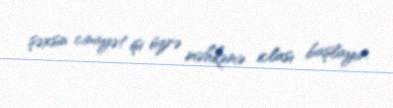
şəxsin cinayət işi üzrə məhkəmə iclası başlayır.